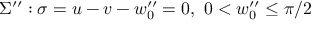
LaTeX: \Sigma ^ { \prime \prime } : \sigma = u - v - w _ { 0 } ^ { \prime \prime } = 0 , ~ 0 < w _ { 0 } ^ { \prime \prime } \leq \pi / 2